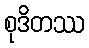
စုဒိတဿ